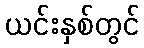
ယင်းနှစ်တွင်